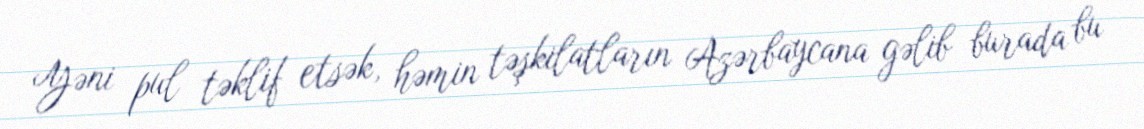
Yəni pul təklif etsək, həmin təşkilatların Azərbaycana gəlib burada bu